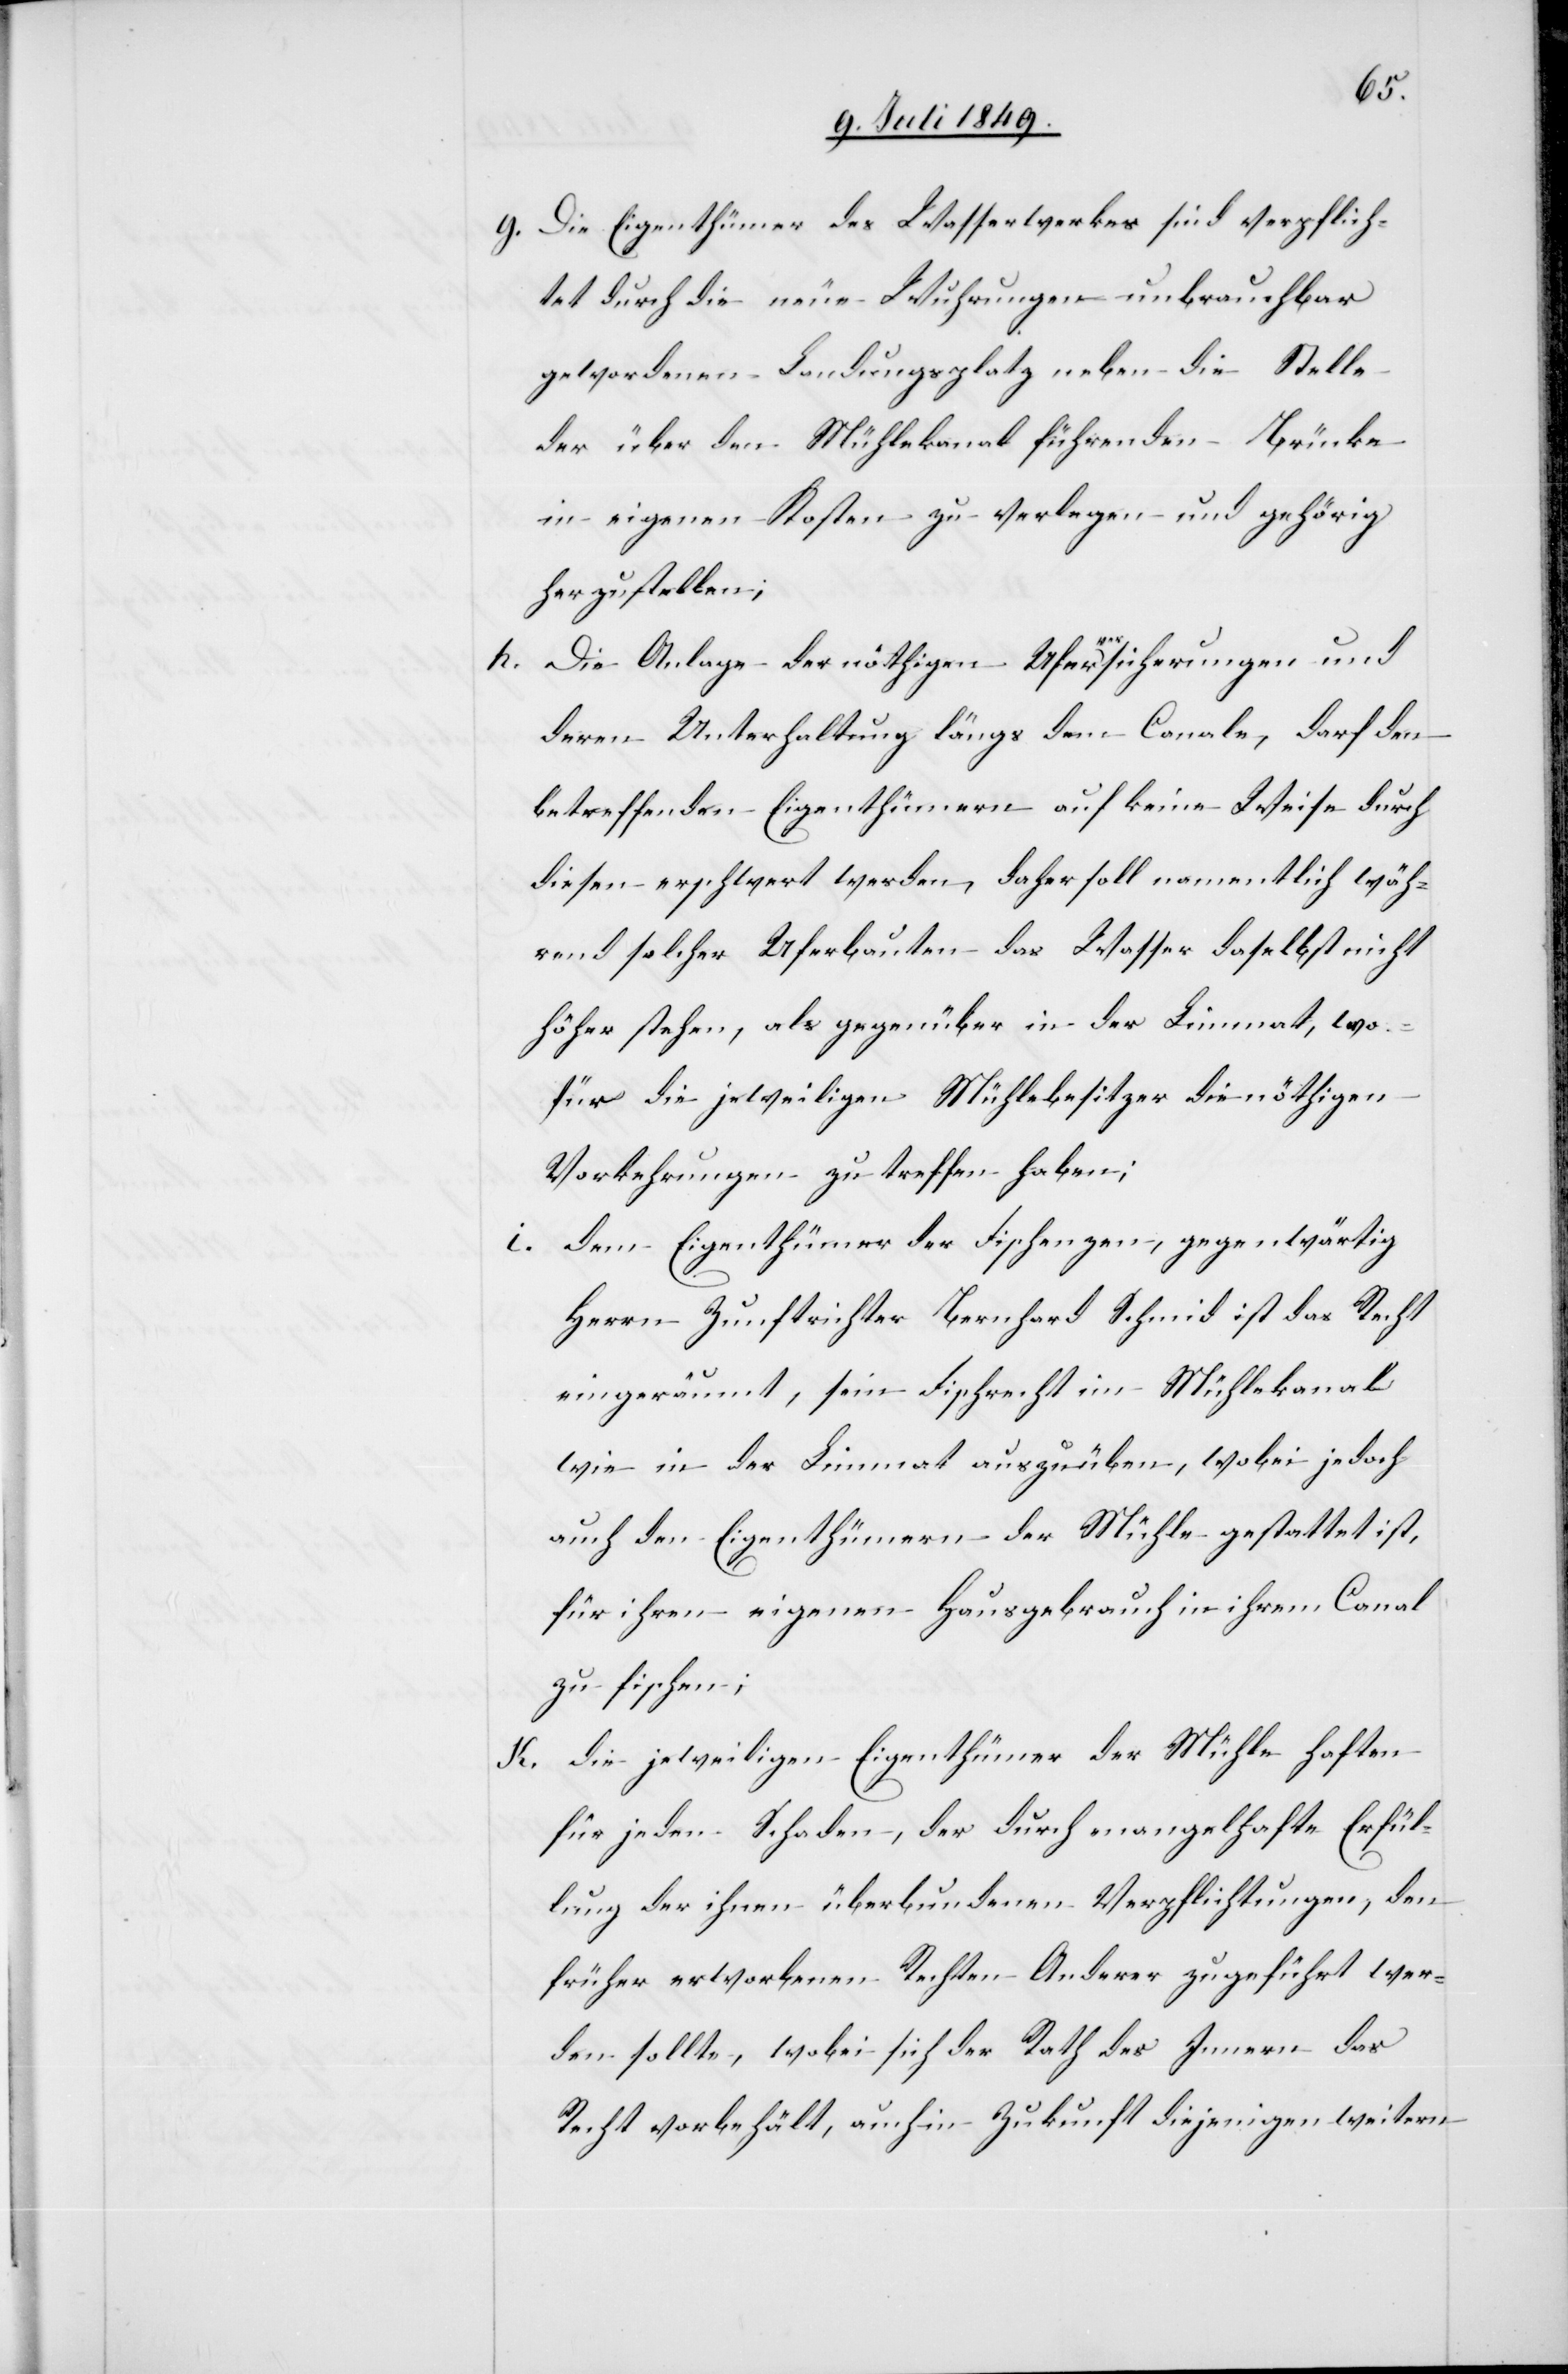
g. Die Eigenthümer des Wasserwerkes sind verpflich¬
tet durch die neue Wuhrungen unbrauchbar
gewordenen Landungsplatz neben die Stelle
der über den Mühlekanal führenden Brücke
in eigenen Kosten zu verlegen und gehörig
herzustellen;
Die Anlage der nöthigen Uferversicherungen und
deren Unterhaltung längs dem Canale, darf den
betreffenden Eigenthümern auf keine Weise durch
diesen erschwert werden, daher soll namentlich wäh¬
rend solcher Uferbauten das Wasser daselbst nicht
höher stehen, als gegenüber in der Limmat, wo¬
für die jeweilligen Mühlebesitzer die nöthigen
Vorkehrungen zu treffen haben;
i. dem Eigenthümer der Fischenzen, gegenwärtig
Herrn Zunftrichter Bernhard Schmid ist das Recht
eingeräumt, sein Fischrecht im Mühlekanal
wie in der Limmat auszuüben, wobei jedoch
auch den Eigenthümern der Mühle gestattet ist,
für ihren eigenen Hausgebrauch in ihrem Canal
zu fischen;
k. die jeweiligen Eigenthümer der Mühle haften
für jeden Schaden, der durch mangelhafte Erfül¬
lung der ihnen überbundenen Verpflichtungen, den
früher erworbenen Rechten Anderer zugeführt wer¬
den sollte, wobei sich der Rath des Innern das
Recht vorbehält, auch in Zukunft diejenigen weitern